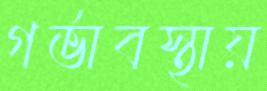
গর্ভাবস্থায়